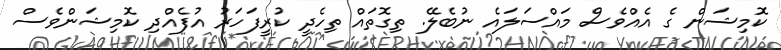
ކޮމިޝަން ގެ އެއްވެސް މައްސަލައެ ނުބެލޭ. ތިގޮތައް ތިހެދީ ކުރީފަހަރު އުފެއްދި ކޮމިޝަންވެސް